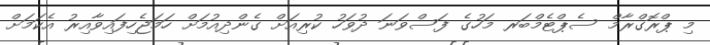
މި ޕްރޮގްރާމް ސެޕްޓެމްބަރ މަހުގެ ފަސްވަނަ ދުވަހު ކުރިއަށް ގެންދިއުމަށް ހަމަޖެހިފައިވާއިރު އެކަމަށް